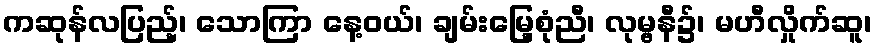
ကဆုန်လပြည့်၊ သောကြာ နေ့ဝယ်၊ ချမ်းမြေ့စုံညီ၊ လုမ္ဗနီ၌၊ မဟီလှိုက်ဆူ၊